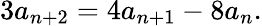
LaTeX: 3a_{n+2}=4a_{n+1}-8a_{n}.